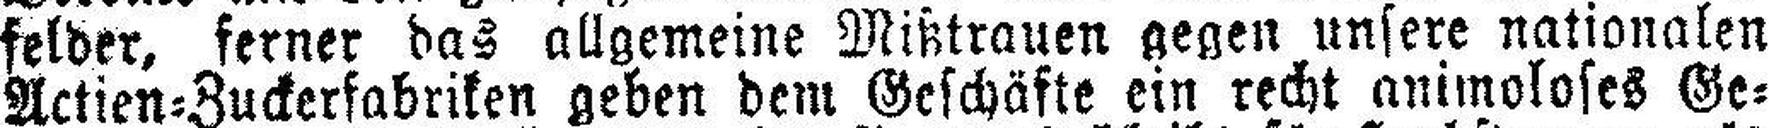
felder, ferner das allgemeine Mißtrauen gegen unsere nationalen